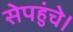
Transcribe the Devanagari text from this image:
सेपहुंचे।